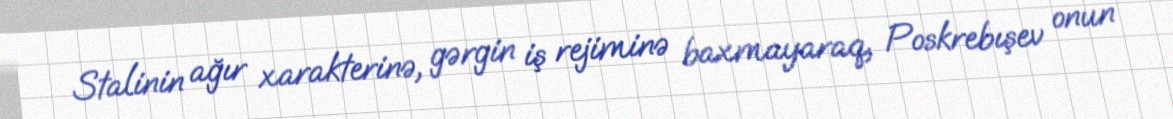
Stalinin ağır xarakterinə, gərgin iş rejiminə baxmayaraq, Poskrebışev onun